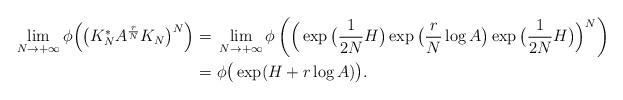
LaTeX: \begin{align*}\lim_{N\rightarrow+\infty}\phi\Big(\big(K_N^*A^\frac{r}{N}K_N\big)^{N}\Big) =&\ \lim_{N\rightarrow+\infty}\phi\left(\Big(\exp\big(\frac{1}{2N}H\big)\exp\big(\frac{r}{N}\log A\big)\exp\big(\frac{1}{2N}H\big)\Big)^N\right)\\=&\ \phi\big(\exp(H+r\log A)\big).\end{align*}